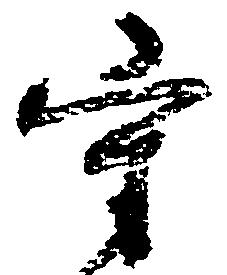
守